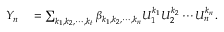
\begin{array} { r l } { Y _ { n } } & { { } = \sum _ { k _ { 1 } , k _ { 2 } , \cdots , k _ { t } } \beta _ { k _ { 1 } , k _ { 2 } , \cdots , k _ { n } } U _ { 1 } ^ { k _ { 1 } } U _ { 2 } ^ { k _ { 2 } } \cdots U _ { n } ^ { k _ { n } } . } \end{array}